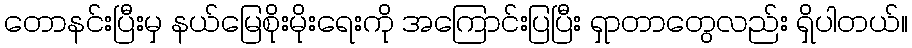
တောနင်းပြီးမှ နယ်မြေစိုးမိုးရေးကို အကြောင်းပြပြီး ရှာတာတွေလည်း ရှိပါတယ်။